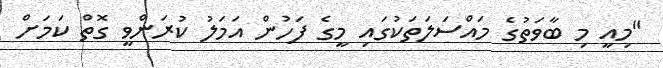
"މިއީ މި ބާވަތުގެ މައްސަލަތަކުގައި މީގެ ފަހުން އަމަލު ކުރަންވީ ގޮތް ކަމަށް